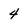
Character: 4